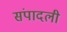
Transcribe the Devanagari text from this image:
संपादली